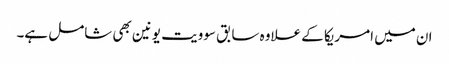
ان میں امریکا کے علاوہ سابق سوویت یونین بھی شامل ہے۔